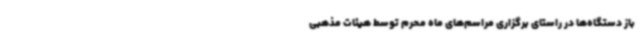
باز دستگاه‌ها در راستای برگزاری مراسم‌های ماه محرم توسط هیئات مذهبی